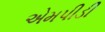
એમપીડી